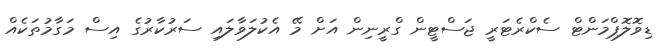
ޑިވޮލޮޕްމަންޓް ސެކްރެޓަރީ ޖަސްޓީން ގްރީނިން އަށް މޭ އެކުލަވާލައި ސަރުކާރުގެ އިސް މަގާމުތަކެއް